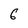
Character: 6